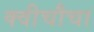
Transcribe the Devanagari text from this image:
क्वीचौचा